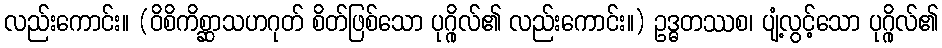
လည်းကောင်း။ (ဝိစိကိစ္ဆာသဟဂုတ် စိတ်ဖြစ်သော ပုဂ္ဂိုလ်၏ လည်းကောင်း။) ဥဒ္ဓတဿစ၊ ပျံ့လွင့်သော ပုဂ္ဂိုလ်၏